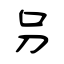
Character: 叧